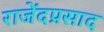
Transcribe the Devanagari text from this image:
राजेंदप्रसाद